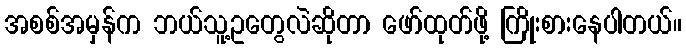
အစစ်အမှန်က ဘယ်သူ့ဥတွေလဲဆိုတာ ဖော်ထုတ်ဖို့ ကြိုးစားနေပါတယ်။